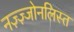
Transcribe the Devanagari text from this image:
नज़्ज़्जोनलिस्त